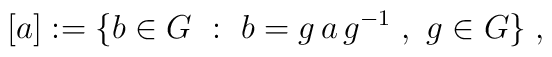
[a]:=\{b\in G~:~ b=g\,a\,g^{-1}\;,~g\in G\}\;,